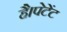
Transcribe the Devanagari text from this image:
है।पेटेंट